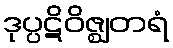
ဒုပ္ပဋိဝိဇ္ဈတရံ